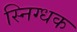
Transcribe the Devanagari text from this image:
स्निग्धक